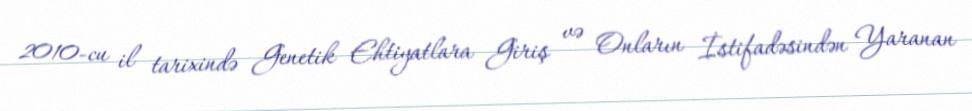
2010-cu il tarixində Genetik Ehtiyatlara Giriş və Onların İstifadəsindən Yaranan